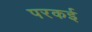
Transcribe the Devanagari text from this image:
परकई